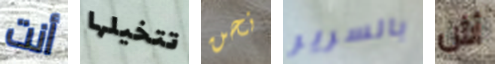
أنت تتخيلها نحن بالسرير أش